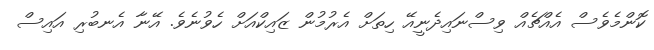
ކޮންމެވެސް އެއްޗެއް ވިސްނައިދެނީއޭ ހިތަށް އެރުމުން ޒައިކްއަށް ހެވުނެވެ. އޭނާ އެނބުރި އައިސް